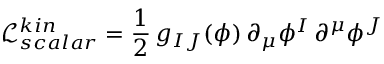
\mathcal { L } _ { s c a l a r } ^ { k i n } = \frac { 1 } { 2 } \, g _ { I J } ( \phi ) \, \partial _ { \mu } \phi ^ { I } \, \partial ^ { \mu } \phi ^ { J }